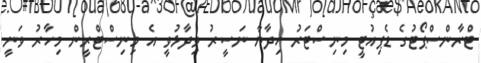
ޓްރާންސްޕޯޓުގެ ޑެޕިއުޓީ މިނިސްޓަރު ހިދާޔާ ނަސީރު ވިދާޅުވީ އެ މިނިސްޓްރީން މިހާރު ވަނީ